Annual report of the Punjab Veterinary College and of the Civil Veterinary Department, Punjab - 1894-1908
Year: 1894
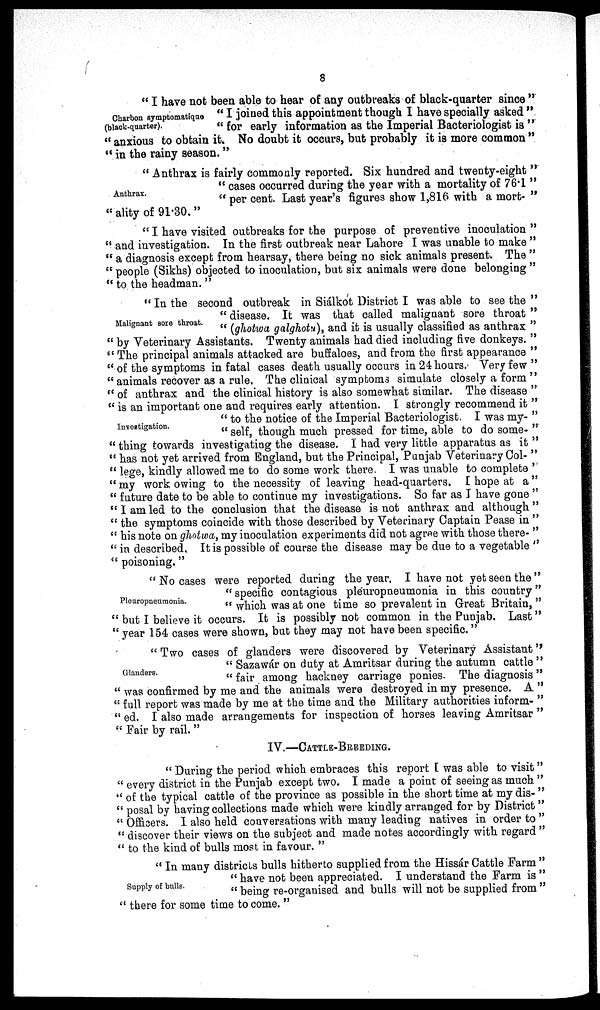
8
Charbon symptomatique
(black-quarter ).
"I have not been able to hear of any outbreaks of black-quarter since"
"I joined this appointment though I have specially asked"
"for early information as the Imperial Bacteriologist is"
"anxious to obtain it. No doubt it occurs, but probably it is more common"
"in the rainy season."
Anthrax.
"Anthrax is fairly commonly reported. Six hundred and twenty-eight"
"cases occurred during the year with a mortality of 76.1"
"per cent. Last year's figures show 1,816 with a mort-"
"ality of 91.30."
"I have visited outbreaks for the purpose of preventive inoculation"
"and investigation. In the first outbreak near Lahore I was unable to make"
"a diagnosis except from hearsay, there being no sick animals present. The"
"people (Sikhs) objected to inoculation, but six animals were done belonging"
"to the headman."
Malignant sore throat.
"In the second outbreak in Siálkot District I was able to see the'
"disease. It was that called malignant sore throat"
"(ghotwa galghotu), and it is usually classified as anthrax"
"by Veterinary Assistants. Twenty animals had died including five donkeys."
"The principal animals attacked are buffaloes, and from the first appearance"
"of the symptoms in fatal cases death usually occurs in 24 hours. Very few"
"animals recover as a rule. The clinical symptoms simulate closely a form"
"of anthrax and the clinical history is also somewhat similar. The disease"
"is an important one and requires early attention. I strongly recommend it"
"to the notice of the Imperial Bacteriologist. I was my-"
"self, though much pressed for time, able to do some-"
Investigation.
"thing towards investigating the disease. I had very little apparatus as it"
"has not yet arrived from England, but the Principal, Punjab Veterinary Col-"
"lege, kindly allowed me to do some work there. I was unable to complete''
"my work owing to the necessity of leaving head-quarters. I hope at a"
"future date to be able to continue my investigations. So far as I have gone"
"I am led to the conclusion that the disease is not anthrax and although"
"the symptoms coincide with those described by Veterinary Captain Pease in"
"his note on ghotwa, my inoculation experiments did not agree with those there-"
"in described. It is possible of course the disease may be due to a vegetable"
"poisoning."
Pleuropneumonia,
"No cases were reported during the year, I have not yet seen the"
"specific contagious pleuropneumonia in this country"
"which was at one time so prevalent in Great Britain,"
"but I believe it occurs. It is possibly not common in the Punjab. Last"
"year 154 cases were shown, but they may not have been specific."
Glanders.
"Two cases of glanders were discovered by Veterinary Assistant''
"Sazawár on duty at Amritsar during the autumn cattle"
"fair among hackney carriage ponies. The diagnosis"
"was confirmed by me and the animals were destroyed in my presence. A"
"full report was made by me at the time and the Military authorities inform-"
"ed. I also made arrangements for inspection of horses leaving Amritsar"
"Fair by rail."
IV.—CATTLE-BREEDING.
"During the period which embraces this report I was able to visit"
"every district in the Punjab except two. I made a point of seeing as much"
"of the typical cattle of the province as possible in the short time at my dis-"
"posal by having collections made which were kindly arranged for by District"
"Officers. I also held conversations with many leading natives in order to"
"discover their views on the subject and made notes accordingly with regard"
"to the kind of bulls most in favour."
Supply of bulls.
"In many districts bulls hitherto supplied from the Hissár Cattle Farm"
"have not been appreciated. I understand the Farm is"
"being re-organised and bulls will not be supplied from"
"there for some time to come."